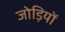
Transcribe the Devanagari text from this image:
जोड़ियों